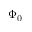
\Phi _ { 0 }